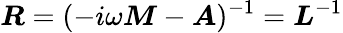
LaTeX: \boldsymbol{R}=(-i\omega\boldsymbol{M}-\boldsymbol{A})^{-1}=\boldsymbol{L}^{-1}